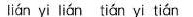
lián yi lián tián yi tián